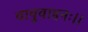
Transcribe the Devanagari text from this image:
वायुवाहनः।।